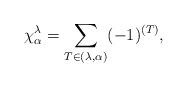
LaTeX: \begin{align*} \chi_{\alpha}^{\lambda} = \sum_{T \in (\lambda, \alpha)} (-1)^{(T)},\end{align*}